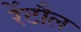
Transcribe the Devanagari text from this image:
रेंटौल